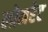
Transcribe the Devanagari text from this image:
लोमरेट